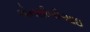
એનસીબીઆઇ